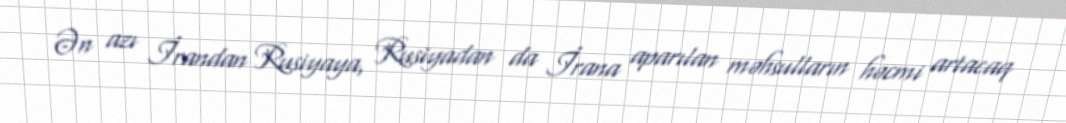
Ən azı İrandan Rusiyaya, Rusiyadan da İrana aparılan məhsulların həcmi artacaq